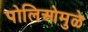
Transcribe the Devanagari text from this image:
पोलिओमुळे